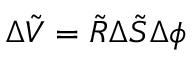
\Delta \tilde { V } = \tilde { R } \Delta \tilde { S } \Delta \phi